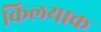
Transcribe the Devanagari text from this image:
किलयाक